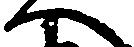
へ